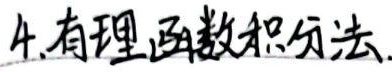
4. 有理函数积分法